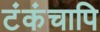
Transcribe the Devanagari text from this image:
टंकंचापि